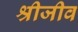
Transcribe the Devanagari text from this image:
श्रीजीव